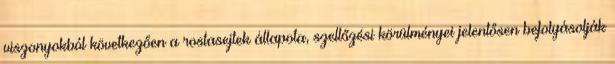
viszonyokból következően a rostasejtek állapota, szellőzési körülményei jelentősen befolyásolják